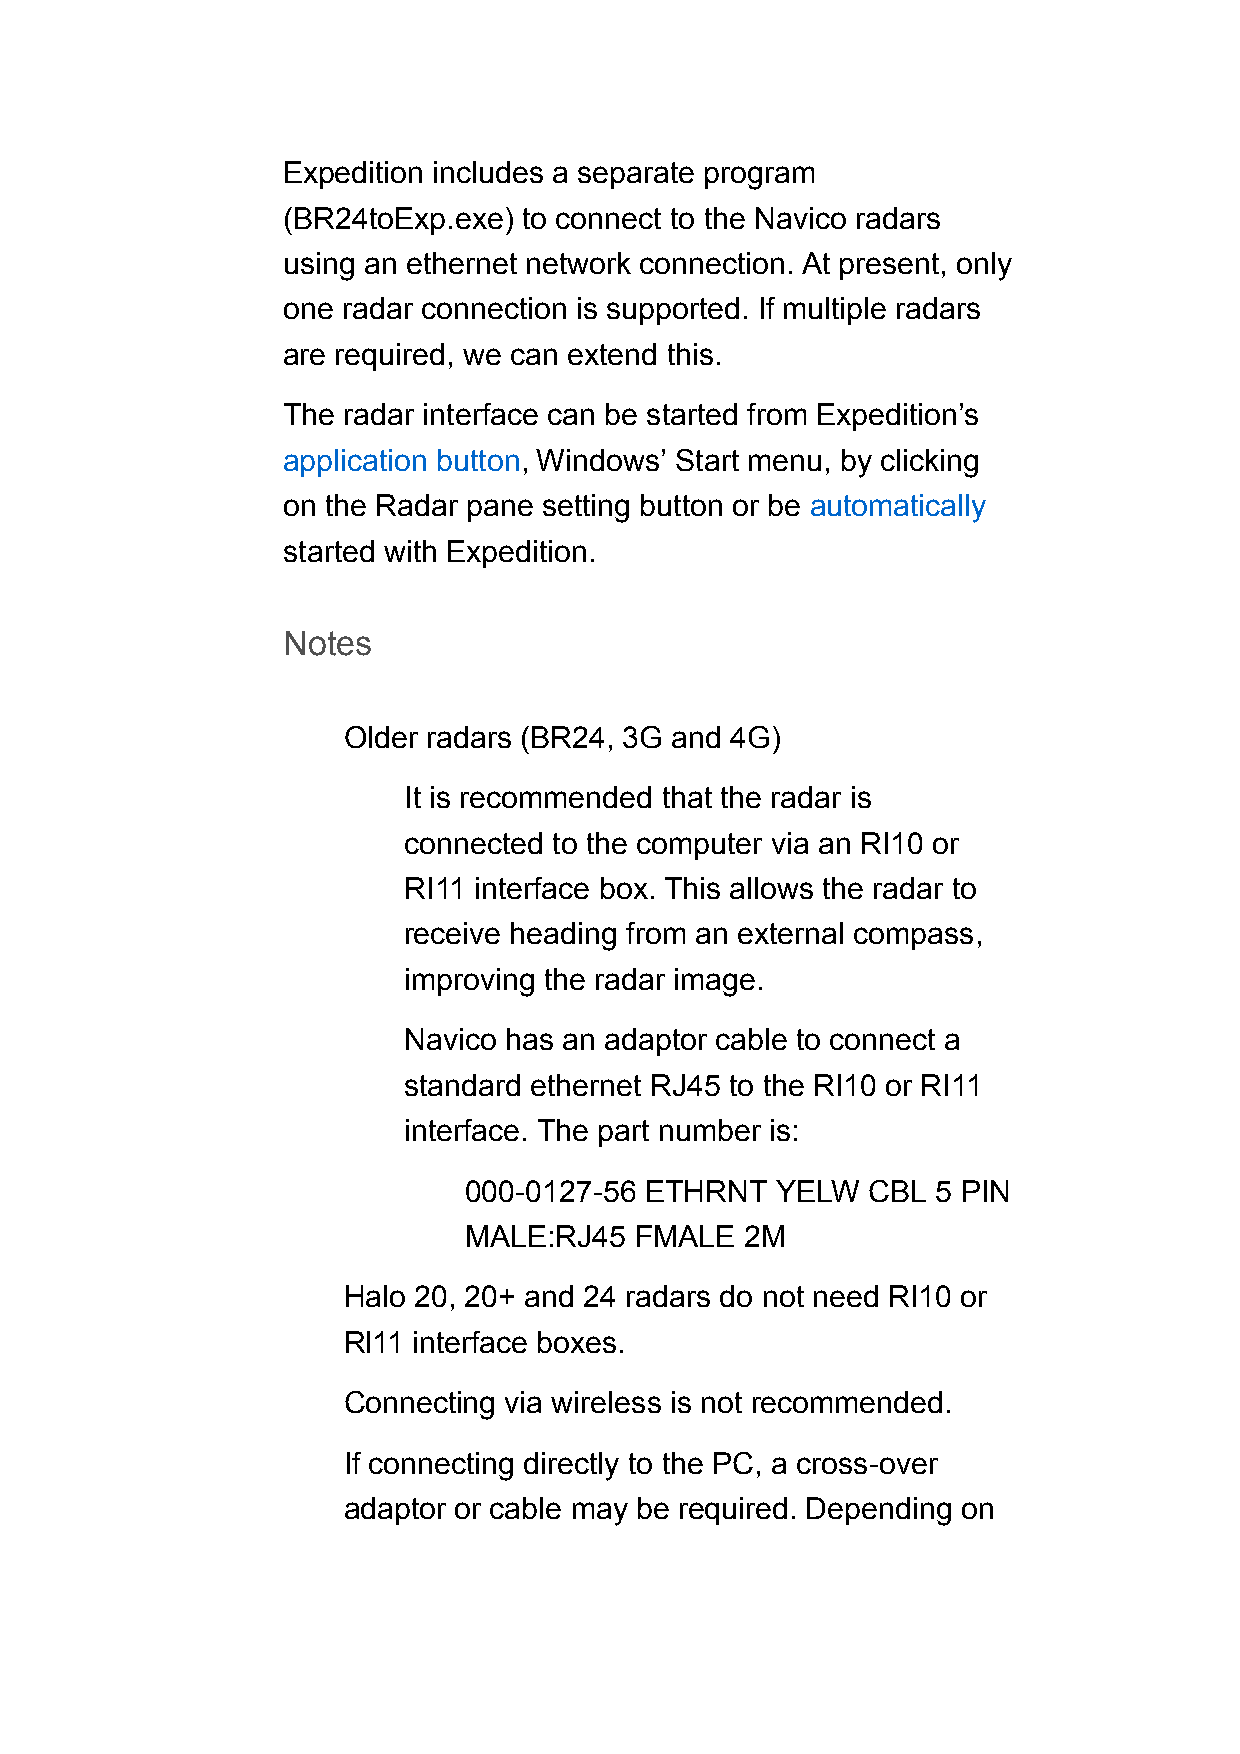
Expedition includes a separate program
 (BR24toExp.exe) to connect to the Navico radars
 using an ethernet network connection. At present, only
 one radar connection is supported. If multiple radars
 are required, we can extend this.
 The radar interface can be started from Expedition’s
 application button, Windows’ Start menu, by clicking
 on the Radar pane setting button or be automatically
 started with Expedition.
 Notes
 Older radars (BR24, 3G and 4G)
 It is recommended that the radar is
 connected to the computer via an RI10 or
 RI11 interface box. This allows the radar to
 receive heading from an external compass,
 improving the radar image.
 Navico has an adaptor cable to connect a
 standard ethernet RJ45 to the RI10 or RI11
 interface. The part number is:
 000-0127-56 ETHRNT  YELW  CBL  5 PIN
 MALE:RJ45  FMALE  2M
 Halo 20, 20+ and 24 radars do not need RI10 or
 Rl11 interface boxes.
 Connecting via wireless is not recommended.
 If connecting directly to the PC, a cross-over
 adaptor or cable may be required. Depending on